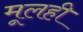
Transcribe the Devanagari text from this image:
मूलही